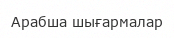
Арабша шығармалар